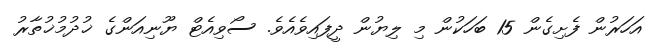
އަހަރުން ފެށިގެން 15 ބަހަކުން މި ލިޔުން ދީފައިވެއެވެ. ސޯވިއެޓް ޔޫނިއަންގެ ޚުދުމުޚުތާރު